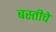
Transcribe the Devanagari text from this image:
बस्तीचे